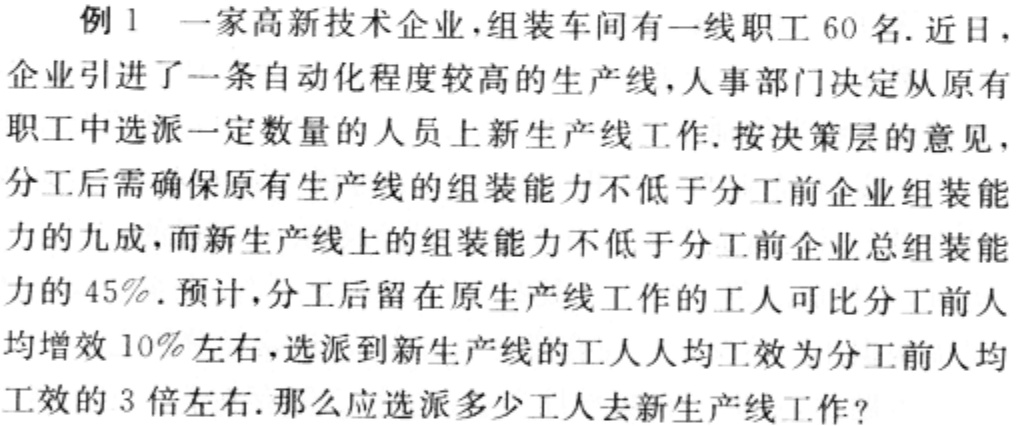
例1 一家高新技术企业，组装车间有一线职工 60 名. 近日，
企业引进了一条自动化程度较高的生产线，人事部门决定从原有
职工中选派一定数量的人员上新生产线工作. 按决策层的意见，
分工后需确保原有生产线的组装能力不低于分工前企业组装能
力的九成，而新生产线上的组装能力不低于分工前企业总组装能
力的 45%. 预计，分工后留在原生产线工作的工人可比分工前人
均增效 10%左右，选派到新生产线的工人人均工效为分工前人均
工效的 3 倍左右. 那么应选派多少工人去新生产线工作?